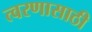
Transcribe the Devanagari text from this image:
त्वरणासाठी